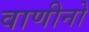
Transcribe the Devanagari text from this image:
वाणीनो